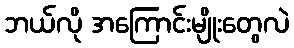
ဘယ်လို အကြောင်းမျိုးတွေလဲ